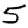
Digit: 5